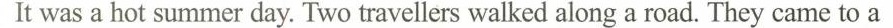
It was a hot summer day. Two travellers walked along a road. They came to a